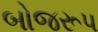
બોજરૂપ